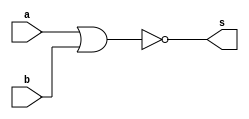
//--------------------------------------------
// Exerccio0002 - OR
// Nome: Mateus Guilherme do Carmo Cruz
// Matrcula - 427446
//-----------------------------------------

module norgate(output s, input a, input b);
	assign s = ~(a|b);
endmodule //norgate

//------------
//--executar nor gate
//--------------------

module testnorgate;
	reg a,b; //registradores
	wire s; // conexo(fio)
//----------instancia
	norgate NOR1(s,a,b);
//--------------preparao
	initial begin:start
	a=0; b=0;
	end
//-------------parte principal
	initial begin
	$display("Exerccio0002 - Mateus Guilherme do Carmo Cruz - 427446");
	$display("Executa NOR gate.");
	$display("\t	time\t~(a|b) = s");
	$monitor("%d\t~(%b|%b) = %b",$time,a,b,s);
	a=0;b=0;
	
	#1 a=0;b=1;
	#1 a=1;b=0;
	#1 a=1;b=1;
	
	end
	
endmodule //norgate